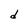
Character: d